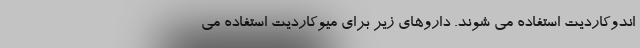
اندوکاردیت استفاده می شوند. داروهای زیر برای میوکاردیت استفاده می